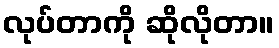
လုပ်တာကို ဆိုလိုတာ။